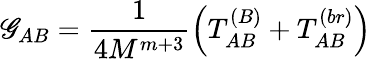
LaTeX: \mathscr{G}_{AB}=\frac{{1}}{{4M^{m+3}}}\left(T_{AB}^{(B)}+T_{AB}^{(br)}\right)